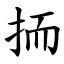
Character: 㧫